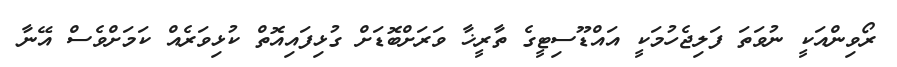
ރޯވިންއަކީ ނުވަތަ ފަލިޖެހުމަކީ އައްޑޫސިޓީގެ ތާރީޚާ ވަރަށްބޮޑަށް ގުޅިފައިއޮތް ކުޅިވަރެއް ކަމަށްވެސް އޭނާ